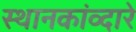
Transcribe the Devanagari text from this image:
स्थानकांव्दारे